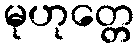
မုဟုတ္တေ